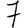
Digit: 7